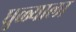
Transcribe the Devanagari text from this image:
धुळ्याला